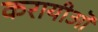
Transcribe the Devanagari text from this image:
करायीऒ